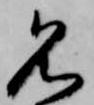
名